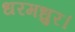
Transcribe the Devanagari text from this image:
धरमधुर।